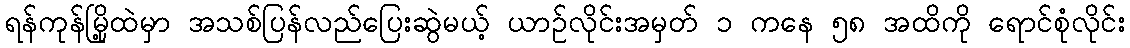
ရန်ကုန်မြို့ထဲမှာ အသစ်ပြန်လည်ပြေးဆွဲမယ့် ယာဉ်လိုင်းအမှတ် ၁ ကနေ ၅၈ အထိကို ရောင်စုံလိုင်း